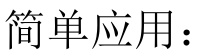
简单应用：